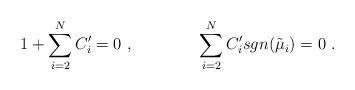
LaTeX: \begin{align*}1+\sum_{i=2}^{N}C_{i}'=0\ , \qquad\qquad \sum_{i=2}^{N}C_i'sgn(\tilde\mu_i)=0\ .\end{align*}